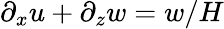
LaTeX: \partial_{x}u+\partial_{z}w=w/H